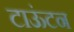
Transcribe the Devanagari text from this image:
टाऊंटन